Vital statistics of India. Vol. IV, Annual returns from 1871 to 1876. British Army of India, Native Army and jails of Bengal
Year: 1871
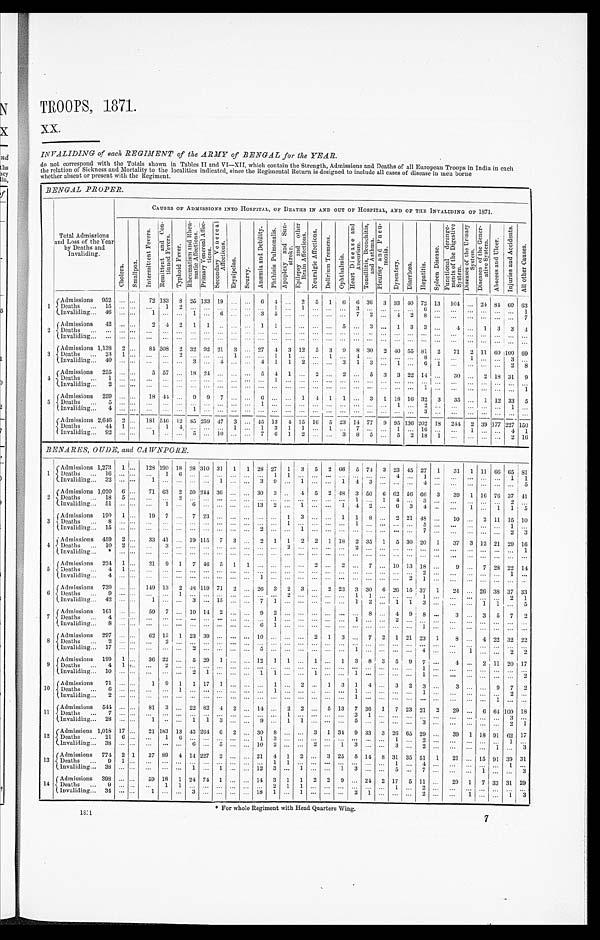
TROOPS, 1871.
xx.
INVALIDING of each REGIMENT of the ARMY of BENGAL for the YEAR.
do not correspond with the Totals shown in Tables II and VI—XII, which contain the Strength, Admissions and Deaths of all European Troops in India in each
the relation of Sickness and Mortality to the localities indicated, since the Regimental Return is designed to include all cases of disease in men borne
whether absent or present with the Regiment.
BENGAL PROPER.
CAUSES OF ADMISSIONS INTO HOSPITAL, OF DEATHS IN AND OUT OF HOSPITAL, AND OF THE INVALIDING OF 1871.
Total Admissions
and Loss of the Year
by Deaths and
Invaliding.
Ch o l e r a .
S m a l l p o x .
I n t e r m i t t e n t F e v e r s . R e m i t t e n t a n d C o n - t i n u e d F e v e r s .
T y p h o i d F e v e r .
R h e u m a t i s m a n d R h e u - m a t i c A f f e c t i o n s .
P r i m a r y V e n e r e a l A f f e c - t i o n s .
S e c o n d a r y V e n e r e a l A f f e c t i o n s .
E r y s i p e l a s .
Scurvy.
A n æ m i a a n d D e b i l i t y . P h t h i s i s P u l m o n a l i s .
A p o p l e x y a n d S u n - s t r o k e .
E p i l e p s y a n d o t h e r B r a i n A f f e c t i o n s .
N e u r a l g i c A f f e c t i o n s .
D e l i r i u m T r e m e n s .
O p h t h a l m i a .
H e a r t D i s e a s e a n d A n e u r i s m . T o n s i l l i t i s , B r o n c h i t i s , a n d A s t h m a .
P l e u r i s y a n d P n e u - m o n i a .
D y s e n t e r y . Di ar r hœa. H e p a t i t i s .
S p l e e n D i s e a s e . F u n c t i o n a l d e r a n g e - m e n t s o f t h e D i g e s t i v e S y s t e m .
D i s e a s e s o f t h e U r i n a r y S y s t e m . D i s e a s e s o f t h e G e n e r - a t i v e S y s t e m .
A b s c e s s a n d U l c e r .
I n j u r i e s a n d A c c i d e n t s .
A l l o t h e r C a u s e s .
1
A d m i s s i o n s 952 ... . . . 72
1 3 3 8 25 133 19 . . . . . . 6 4 . . . 2 5 1 6 6 36 3 33 4 0 72 13 104 . . . 24 8 4 60 63
Deaths ... 15 ... ... ... 1 2 ... . . . . . . . . . . . . ... 1 . . . 1 . . . . . . . . . 3 . . . . . . . . . . . . 6 . . .
. . . . . . . . . . . . . . . 1
Invaliding 46 . . . . . .
1 . . . . . . 1 . . . 6 . . . . . . 3 5 ...
. . . . . . . . . . . . 7 2 . . . 4 2 8 ...
. . . . . . . . . . . . . . . 7
2 Admissions 42 ... . . . 2 4 2 1 1 . . . . . . . . . 1 1 . . . . . . . . . ... 5 . . . 3 . . . 1 3 3 . . . 4 . . . 1 3 3 4
Deaths
. . . . . . . . .
. . . . . . . . . . . . . . . . . . . . . . . . . . . . . . . . . . . . . . . . . . . . . . . . . . . . . . . . . . . . . . . . . . . . .
. . . . . . . . . . . . . . .
I n v a l i d i n g . . . . . . . . .
. . . . . . . . . . . . . . . . . . . . . . . . . . . . . . . . . . . . . . . . . . . . . . . . . . . . . . . . . . . . . . . . . . . . . . . . . . . . . . . . . . . .
3 Admissions 1,138 2 . . . 84 308 2 32 92 21 3 ... 27 4 3 12 5 3 9 8 30 2 40 55 81 2 71 2 11 60 100 69
D e a t h s 23 1 . . .
. . . . . . 2 . . . . . . . . . 1 . . . . . . 1 1 . . . . . . 1 . . . 4 . . . . . . . . . . . . 8 . . .
. . . 1 . . . . . . 3 . . .
Invaliding... 40 . . . ...
. . . ... . . . 3 . . . 4 ... ... 4 1 1 2 . . . . . . 3 1 3 ... 1 . . . 6 1
. . . . . . . . . . . . 2 8
4
A d m i s s i o n s 255 ... . . . 5 57 . . . 18 24 ... . . . ... 5 4 1 ... 2 ... 2 . . . 5 3 3 22 14 ... 30 ... 2 18 31 9
D e a t h s 1 . . . . . .
. . . . . . . . . . . . . . . . . . . . . . . . . . . 1 . . . . . . ... . . . . . . . . . . . . . . . . . . . . . . . . . . . . . .
. . . . . . . . . . . . . . .
I n v a l i d i n g 2 . . . . . .
. . . . . . . . . . . . . . . . . . . . . . . . . . . . . . . . . . . . . . . . . . . . . . . . . . . . . . . . . . . . 1 . . . . . . . . . . . . . . . . . . 1
5
Admissions 259 . . . . . . 18 44 . . . 9 9 7 . . . . . . 6 . . . . . . 1 4 1 1 . . . 3 1 18 16 32 3 35 . . . 1 12 33 5
Deaths
5 . . . . . .
. . . . . . . . . . . . . . . . . . . . . . . . 1 . . .
. . . . . . . . . . . . . . . . . . . . . . . . 1 . . . 2 . . .
. . . . . . . . . . . . 1 . . .
I n v a l i d i n g 4 . . . . . .
. . . . . . . . . 1 . . . . . . . . . . . .
. . . . . . . . . . . . . . . . . . . . . . . . . . . . . . . . . . . . 3 . . .
. . . . . . . . . . . . . . . . . .
Admissions 2,646 2 . . . 181 546 122 85 259 47 3 . . . 4 5 13 4 15 16 5 23 14 77 9 95 136 202 18 244 2 39 177 227 1 5 0
Deaths ... 44 1 . . . . . . 1 4 . . . . . . . . . 1 ... 1 3 1 1 . . . 1 . . . 7 . . . . . . 1 . . . 16 . . . . . . 1 . . . . . . 4 1
Invaliding 92 . . . . . . 1 . . . . . . 5 . . . 10 ... . . . 7 6 1 2 . . . . . . 3 8 5 ... 5 2 18 1 ...
. . . . . . . . . 2 1 6
BENARES, OUDE, and CAWNPORE.
1 Admissions 1,273 1 . . . 128 1 9 0 18 28 310 31 1 1 28 27 1 3 5 2 66 5 74 3 23 45 27 1 31 1 11 66 65 81
Deaths ... 16 ... . . . . . . 1 6 . . . . . . . . . . . . . . . . . . 1 1 . . . . . . . . . . . . . . . . . . . . . 4 . . . 1 . . . . . .
. . . . . . . . . 1 1
Invaliding 32 . . . . . . . .
1 . . . . . . . . . . . . 1 . . . . . . 3 9 . . . 1 . . . . . . 1 4 3 . . . . . . . . . 4 . . . . . . . . . . . . . . . . . . 5
2 Admissions 1,020 6 . . . 71 63 2 50 244 36 ... . . . 30 3 . . . 4 5 2 48 3 50 6 62 56 66 3 39 1 16 76 37 41
Deaths ... 18 5 . . . . . . . . . 2 . . . . . . . . . . . . . . . . . . . . . . . . . . . . . . . . . . . . 1 . . . 1 4 . . . 3 . . .
. . . . . . . . . . . . 2
. . .
Invaliding ... 51 ... . . . ... 1 ... 6 . . . ... ... ... 13 2 ... 1 ... ... 1 4 2 ... 6 3 4 . . . . . .
1 . . . 1 1 5
3 Admissions 190 1 ... 19 7 . . . 7 23 . . . ... ... . . . . . . 1 3 . . . . . . 1 1 8 . . . 2 21 48 . . . 10 . . . 2 11 15 10
Deaths ... 8 . . . . . . . . . . . . . . . . . . . . . . . . . . . . . . . . . . . . 1 . . . . . .
. . . . . . . 1 . . . . . . . . . . . . . . 5 . . .
. . . . . . . . . . . . 1 . . .
Invaliding ... 15 ... . . . . . . . . . . . . . . . . . . . . . . . . . . . 2 . . . . . . 1 . . .
. . . . . . . . . . . . . . . . . . . . . 7 . . .
. . . . . . . . . . . . 2 3
4
Admissions 459 2 . . . 33 41 . . . 19 115 7 3 . . . 2 1 1 2 2 1 18 2 35 1 5 3 0 20 1 37 3 12 21 29 16
D e a t h s 1 0 2 . . .
. . . 3 . . . . . . . . . . . . . . . . . . . . . . . . 2 . . . . . . . . . . . . 2 . . . . . . . . . . . . . . . . . .
. . . . . . . . . . . . . . . 1
I n v a l i d i n g * . . . . . . . . . . . . . . . ... . . . . . . ... ... . . . . . . . . . . . . . . . . . . . . . . . . . . . . . . . . . . . . . . . . . . . . . . . . . . . ... . . . ...
5 Admissions 224 1 . . . 21 9 1 7 46 5 1 1 . . . . . . . . . . . . 2 . . . 2 . . . 7 . . . 10 13 18 ... 9 . . . 7 28 22 14
D e a t h s
4 1 . ... ... ... ... ... ... ... ... ... . . . . . . . . . . . . . . . . . . . . . . . . . . . . . . . . . . . . 2 . . . . . .
. . . . . . . . . 1 . . .
I n v a l i d i n g 4 . . . . . .
. . . . . . . . . . . . . . . . . . . . . . . . 1 . . . . . . . . . . . . . . . . . . . . . . . . . . . . . . 2 1 . . . . . . . . . . . . . . . . . . . . .
6 Admissions 739 . . . . . . 149 1 3 2 48 119 71 2 . . . 26 3 2 3 . . . 2 23 3 30 6 26 15 37 1 24 ... 26 38 37 33
D e a t h s 9 . . . . . . . . . . . . 1 . . . . . . . . . . . . . . . . . . . . . 2 . . . . . . . . . . . . 1 1 . . . . . . . . . 1 . . .
. . . . . . . . . . . . 2 1
Invaliding ... 42 . . . . . . 1 . . . . . . 3 . . . 15 . . . . . . 7 1 . . . . . . . . . . . . . . . 1 2 . . . 1 1 3 . . .
. . . . . . 1 1 . . . 5
7 Admissions 161 . . . . . . 59 7 ... 19 14 2 . . . . . . 9 2 . . . . . . . . . . . . . . . . . . 8 . . . 4 9 8 . . . 3 . . . 3 5 7 2
D e a t h s 4 . . . . . . . . . . . . . . . . . . . . . . . . . . . . . . . . . 1 . . . . . . . . . . . . . . . 1 . . . . . . 2 . . . . . . . . .
. . . . . . . . . . . . . . . . . .
Invaliding ...
8 . . . . . . . . . . . . . . . . . . . . . . . . . . . . . . 6 1 . . . . . . . . . . . . . . . . . . . . . . . . . . . . . . 1 . . .
. . . . . . . . . . . . . . . . . .
8
Admissions 297 . . . . . . 62 13 1 23 39 . . . . . . . . . 10 ... . . . . . . 2 1 3 . . . 7 2 1 21 23 1 8 . . . 4 2 2 32 2 2
D e a t h s 2 . . . . . .
. . . 2 . . . . . . . . . . . . . . . . . . . . . . . . . . . . . . . . . . . . . . . . . . . . . . . . . . . . . . . . . . . .
. . . . . . . . . . . . . . . . . .
I n v a l i d i n g 1 7 . . . . . .
. . . . . . . . . 2 . . . . . . . . . . . . 5 . . . . . . . . . . . . . . . . . . 1 . . . . . . . . . . . . 4 . . .
. . . 1 . . . . . . 2 2
9 Admissions 199 1 . . . 36 22 . . . 5 29 1 . . . . . . 12 1 1 . . . 1 . . . 1 3 8 3 5 9 7 . . . 4 . . . 2 11 20 1 7
Deaths ... 4 1 . . . ... 2 . . . . . . . . . . . . . . . . . . . . . . . . . . . . . . . . . . . . . . . . . . . . . . . . . . . . . . 1 . . . . . .
. . . . . . . . . . . . . . .
Invaliding ... 10 . . . . . . ... ... ... 2 1 . . . . . . . . . 1 1 . . . . . . 1 . . . . . . 1 . . . . . . . . . . . . 1 . . . . . . . . . . . . . . . . . . 2
10 Admissions 71 . . . . . . 1 9 1 1 17 1 ... . . . . . . 1 . . . 2 . . . 1 3 1 4 . . . 3 2 3 . . . 3 . . . . . . 9 7 2
D e a t h s 6 . . . . . .
. . . . . . 1 . . . . . . . . . . . . . . . . . . 1 . . . . . . . . . . . . . . . 1 . . . . . . . . . . . . 1 . . .
. . . . . . . . . . . . 2 . . .
Invaliding ... 2 . . . . . .
. . . . . . . . . . . . . . . . . . . . . . . . . . . . . . . . . . . . . . . . . . . . . 1 . . . . . . . . . . . . . . . . . .
. . . . . . . . . 1 . . . . . .
11 Admissions 544 . . . . . . 81 3 . . . 22 82 4 2 . . . 14 . . . 2 2 ... 5 13 7 36 1 7 23 21. 2 29 ... 6 64 100 18
D e a t h s 7 . . . . . .
. . . . . . . . . ... ... ... . . . . . . . . . . . . 1 . . . . . . . . . . . . 2 1 . . . . . . . . . . . . . . .
. . . . . . . . . . . . 3 . . .
Invaliding 28 . . . . . .
1 . . . . . . 1 1 3 . . . . . . 9 . . . 1 1 . . . . . . . . . 5 . . . . . . . . . . . . 3 . . .
. . . . . . . . . . . . 2 1
12 Admissions 1,018 17 . . . 21 183 13 43 264 6 2 . . . 30 8 . . . . . . 3 1 34 9 33 3 26 65 29 . . . 39 1 18 91 62 17
Deaths 21 6 . . . . . . 1 6 . . .
. . . . . . . . . . . . 1 3 . . . . . . . . . . . . . . . . . . . . . . . . 1 . . . 2 . . . ...
. . . . . . . . . 1 . . .
I n v a l i d i n g 3 8 . . . . . . . . . . . . . . . 6 . . . 5 . . . . . . 1 0 2 . . . . . . 2 . . . 1 3 . . . . . . 3 . . . 2 . . . . . . . . . . . . 1 . . . 3
13 Admissions 774 2 1 37 89 4 14 227 2 . . . . . . 21 4 1 2 . . . 3 25 5 14 8 31 35 51 1 21 ... 15 91 39 31
Deaths ... 9 1 . . . . . . . . . . . . . . . . . . . . . . . . . . . . . . 1 1 . . . . . . . . . . . . . . . . . . . . . 1 . . . 4 . . .
. . . . . . . . . . . . 1 . . .
Invaliding ... 38 ... . . . ...
. . . . . . 1 . . . 1 . . . . . . 12 3 . . . 1 . . . . . . 1 3 . . . . . . 5 . . . 7 . . .
. . . . . . 1 . . . . . . 3
14 Admissions 398 . . . . . . 59 18 1 24 74 1 . . . . . . 14 3 1 1 2 2 9 . . . 24 2 17 5 11 ... 29 1 7 33 31 29
Deaths ... 9 . . . . . . . . . 1 1 . . . . . . . . . . . . . . . . . . 2 1 1 . . . . . . . . . . . . . . . . . . 1 . . . 2 . . .
. . . . . . . . . . . . . . .
. . .
Invaliding 34 . . . . . . 1 . . . . . . 3 . . . . . .
. . . . . . 1 8 1 . . . 1 . . . . . . . . . 2 1 . . . . . . . . . 2 . . .
. . . 1 . . . . . . 1
3
* For whole Regiment with Head Quarters Wing.
7
1 8 7 1